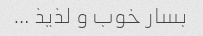
بسار خوب و لذیذ …